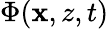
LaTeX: \Phi(\mathbf{x},z,t)